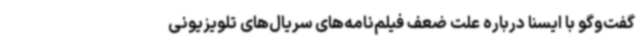
گفت‌وگو با ایسنا درباره علت ضعف فیلم‌نامه‌های سریال‌های تلویزیونی